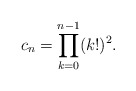
\begin{align*} c_n = \prod_{k=0}^{n-1} (k!)^2. \end{align*}